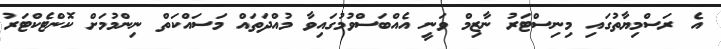
އެ ރަސްމިޔާތުގައި މިނިސްޓަރު ނާޒިމް ވަނީ އެއްބަސްވުމުގައިވާ މުއްދަތައް މަސައްކަތް ނިންމުމަށް ކޮންޓެކްޓަރު